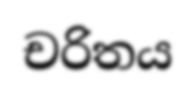
චරිතය